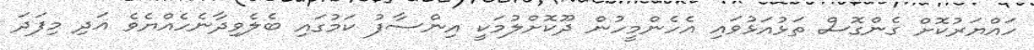
ހައްޔަރުކޮށް ގެންގޮސް ތަޅުއަޅުވައި އެހެންމީހުން ދޫކޮށްލުމަކީ އިންސާފު ކަމުގައި ބެލެވިދާނެހެއްޔެވެ އަދި މިފަދަ